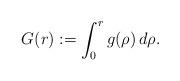
LaTeX: \begin{align*} G(r) := \int_0^r g(\rho)\,d\rho.\end{align*}